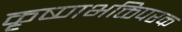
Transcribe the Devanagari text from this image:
कृष्णभक्तिपरक